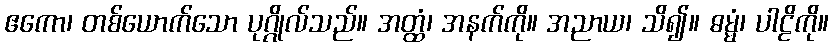
ဧကော၊ တစ်ယောက်သော ပုဂ္ဂိုလ်သည်။ အတ္ထံ၊ အနက်ကို။ အညာယ၊ သိ၍။ ဓမ္မံ၊ ပါဠိကို။